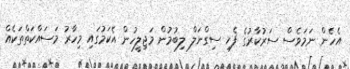
އެހެން ނަމަވެސް ސަރުކާރުގެ ފެހި ސިގްނަލް ލިބުމުން މަޖިލީހުން އެކަމުގައި މިހާރު މަސައްކަތްތަކެއް